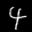
Label: 4